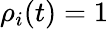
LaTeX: \rho_{i}(t)=1